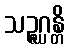
သဉ္ဇဂ္ဃန္တိ